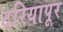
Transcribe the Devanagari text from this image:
दरियापूर